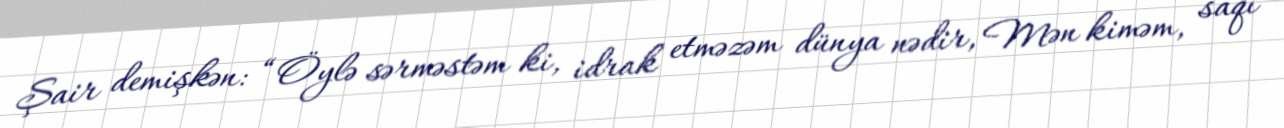
Şair demişkən: “Öylə sərməstəm ki, idrak etməzəm dünya nədir, Mən kiməm, saqi